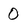
Character: 0